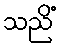
သညိံ